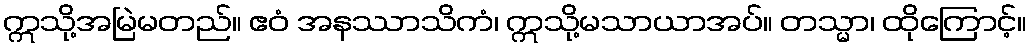
ဣသို့အမြဲမတည်။ ဧဝံ အနဿာသိကံ၊ ဣသို့မသာယာအပ်။ တသ္မာ၊ ထိုကြောင့်။